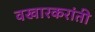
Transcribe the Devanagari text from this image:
वखारकरांती